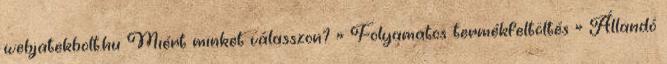
webjatekbolt.hu Miért minket válasszon? » Folyamatos termékfeltöltés » Állandó